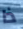
ذا